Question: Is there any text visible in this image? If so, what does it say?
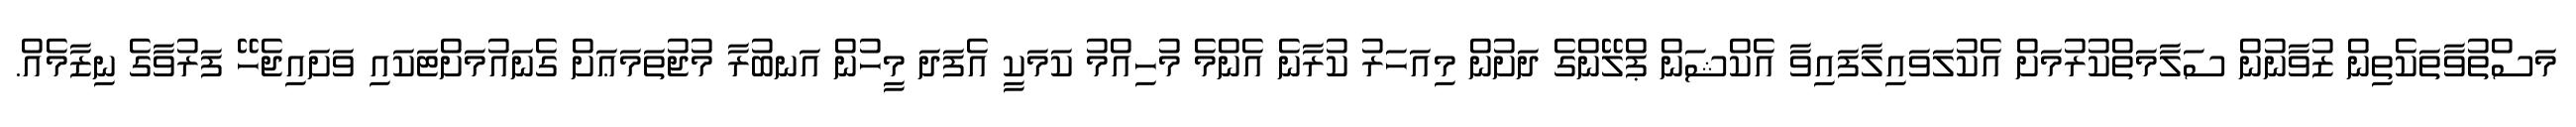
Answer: މަސްތުވާތަކެތިން ޒުވާނުން ސަލާމަތްކުރުމަށް އެކުލަވައިލާފައިވާ އެކްޝަން ޕްލޭންގެ ދަށުން މިއަހަރު ކުރާނެ އެންމެ މުހިއްމު ކަމަކީ އެފަދަ މީހުން އަނބުރާ މުޖުތަމަޢަށް ގެނައުމަށްޓަކައި ވަށައިޖެހޭ ފަރުވާގެ ނިޒާމެއް.